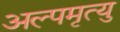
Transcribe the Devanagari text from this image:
अल्पमृत्यु